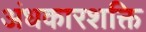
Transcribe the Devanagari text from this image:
अंधकारशक्ति